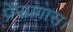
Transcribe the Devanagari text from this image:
प्रेमप्रगास।